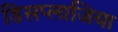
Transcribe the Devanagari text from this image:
डिसप्लाजिया